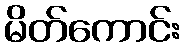
မိတ်ကောင်း